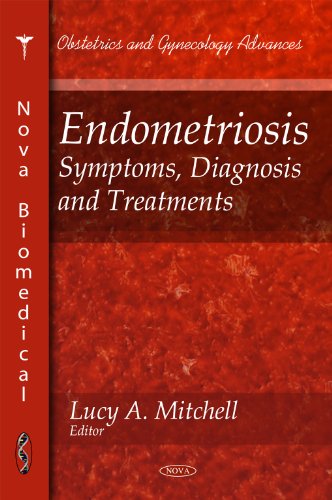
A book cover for Endometriosis: Symptoms, Diagnosis and Treatments (Obstetrics and Gynecology Advances); Health, Fitness & Dieting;